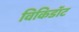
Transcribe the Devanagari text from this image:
विकिडॉट